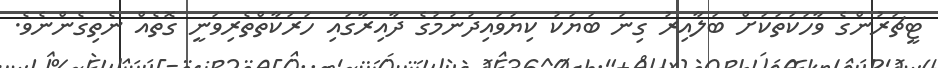
ޓީޗަރުންގެ ވާހަކަތަކަށް ބަލާއިރު ގިނަ ބަޔަކު ކިޔަވައިދުނުމުގެ ދާއިރާގައި ހަރަކާތްތެރިވަނީ ގޮތެއް ނެތިގެންނެވެ.